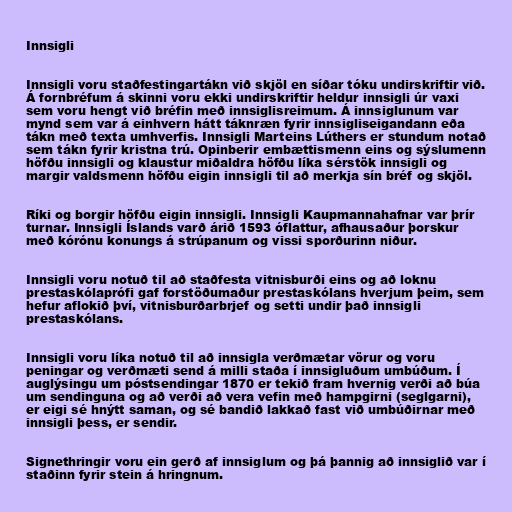
Innsigli

Innsigli voru staðfestingartákn við skjöl en síðar tóku undirskriftir við.
Á fornbréfum á skinni voru ekki undirskriftir heldur innsigli úr vaxi
sem voru hengt við bréfin með innsiglisreimum. Á innsiglunum var
mynd sem var á einhvern hátt táknræn fyrir innsigliseigandann eða
tákn með texta umhverfis. Innsigli Marteins Lúthers er stundum notað
sem tákn fyrir kristna trú. Opinberir embættismenn eins og sýslumenn
höfðu innsigli og klaustur miðaldra höfðu líka sérstök innsigli og
margir valdsmenn höfðu eigin innsigli til að merkja sín bréf og skjöl.

Ríki og borgir höfðu eigin innsigli. Innsigli Kaupmannahafnar var þrír
turnar. Innsigli Íslands varð árið 1593 óflattur, afhausaður þorskur
með kórónu konungs á strúpanum og vissi sporðurinn niður.

Innsigli voru notuð til að staðfesta vitnisburði eins og að loknu
prestaskólaprófi gaf forstöðumaður prestaskólans hverjum þeim, sem
hefur aflokið því, vitnisburðarbrjef og setti undir það innsigli
prestaskólans.

Innsigli voru líka notuð til að innsigla verðmætar vörur og voru
peningar og verðmæti send á milli staða í innsigluðum umbúðum. Í
auglýsingu um póstsendingar 1870 er tekið fram hvernig verði að búa
um sendinguna og að verði að vera vefin með hampgirni (seglgarni),
er eigi sé hnýtt saman, og sé bandið lakkað fast við umbúðirnar með
innsigli þess, er sendir.

Signethringir voru ein gerð af innsiglum og þá þannig að innsiglið var í
staðinn fyrir stein á hringnum.